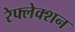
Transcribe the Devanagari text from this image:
रेफ्लेक्शन